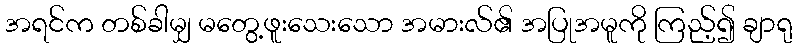
အရင်က တစ်ခါမျှ မတွေ့ဖူးသေးသော အမားလ်၏ အပြုအမူကို ကြည့်၍ ချာရု